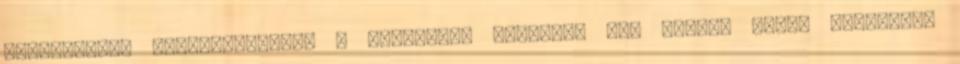
Agrárkamara konferenciáján a következő hangzott el: “Mezei Dávid helyettes